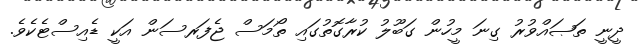
ދީނީ ތަޞައްވުރު ގިނަ މީހުން ގަބޫލު ކުރާގޮތުގައި ތޯމަސް ޖެފަރސަން އަކީ ޑެއިސްޓެކެވެ.